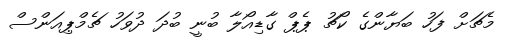
މެޗަށް ފަހު ބަޔާންގެ ކޯޗު ޕެޕް ގާޑިއޯލާ ބުނީ ބުދަ ދުވަހު ޗެމްޕިއަންސް